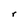
Character: r